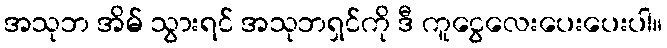
အသုဘ အိမ် သွားရင် အသုဘရှင်ကို ဒီ ကူငွေလေးပေးပေးပါ။